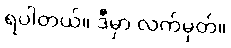
ရပါတယ်။ ဒီမှာ လက်မှတ်။